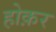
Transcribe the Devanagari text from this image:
होक़र